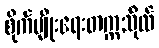
စိုက်ပျိုးရေးတက္ကသိုလ်